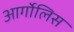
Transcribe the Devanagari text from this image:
आर्गोलिस